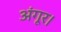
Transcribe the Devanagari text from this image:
अंगूर।